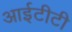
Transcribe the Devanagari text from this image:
आईटीटी